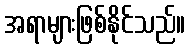
အရာများဖြစ်နိုင်သည်။